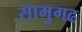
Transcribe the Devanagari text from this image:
सामुगढ